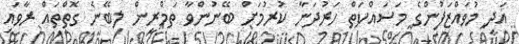
އަދި މުވައްޒަފުންގެ މަސައްކަތް ހަރުދަނާ ކުރުމަށް ބޭނުންވާ ތަމްރީން ލިބޭނެ ގޮތްތައް ރާވައި